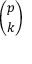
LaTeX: \binom { p } { k }